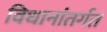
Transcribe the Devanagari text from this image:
विधानांतर्गत